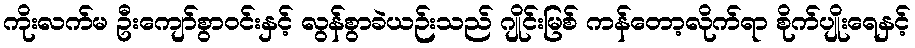
ကိုးလက်မ ဦးကျော်စွာဝင်းနှင့် လွန်စွာခဲယဉ်းသည် ဂျိုင်းမြစ် ကန်တော့လိုက်ရာ စိုက်ပျိုးရေနှင့်